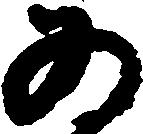
為